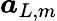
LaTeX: \boldsymbol{a}_{L,m}